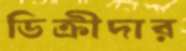
ডিক্রীদার